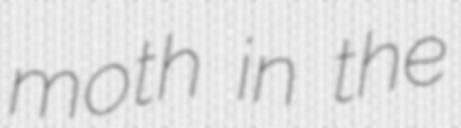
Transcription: moth in the